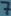
Text: 7